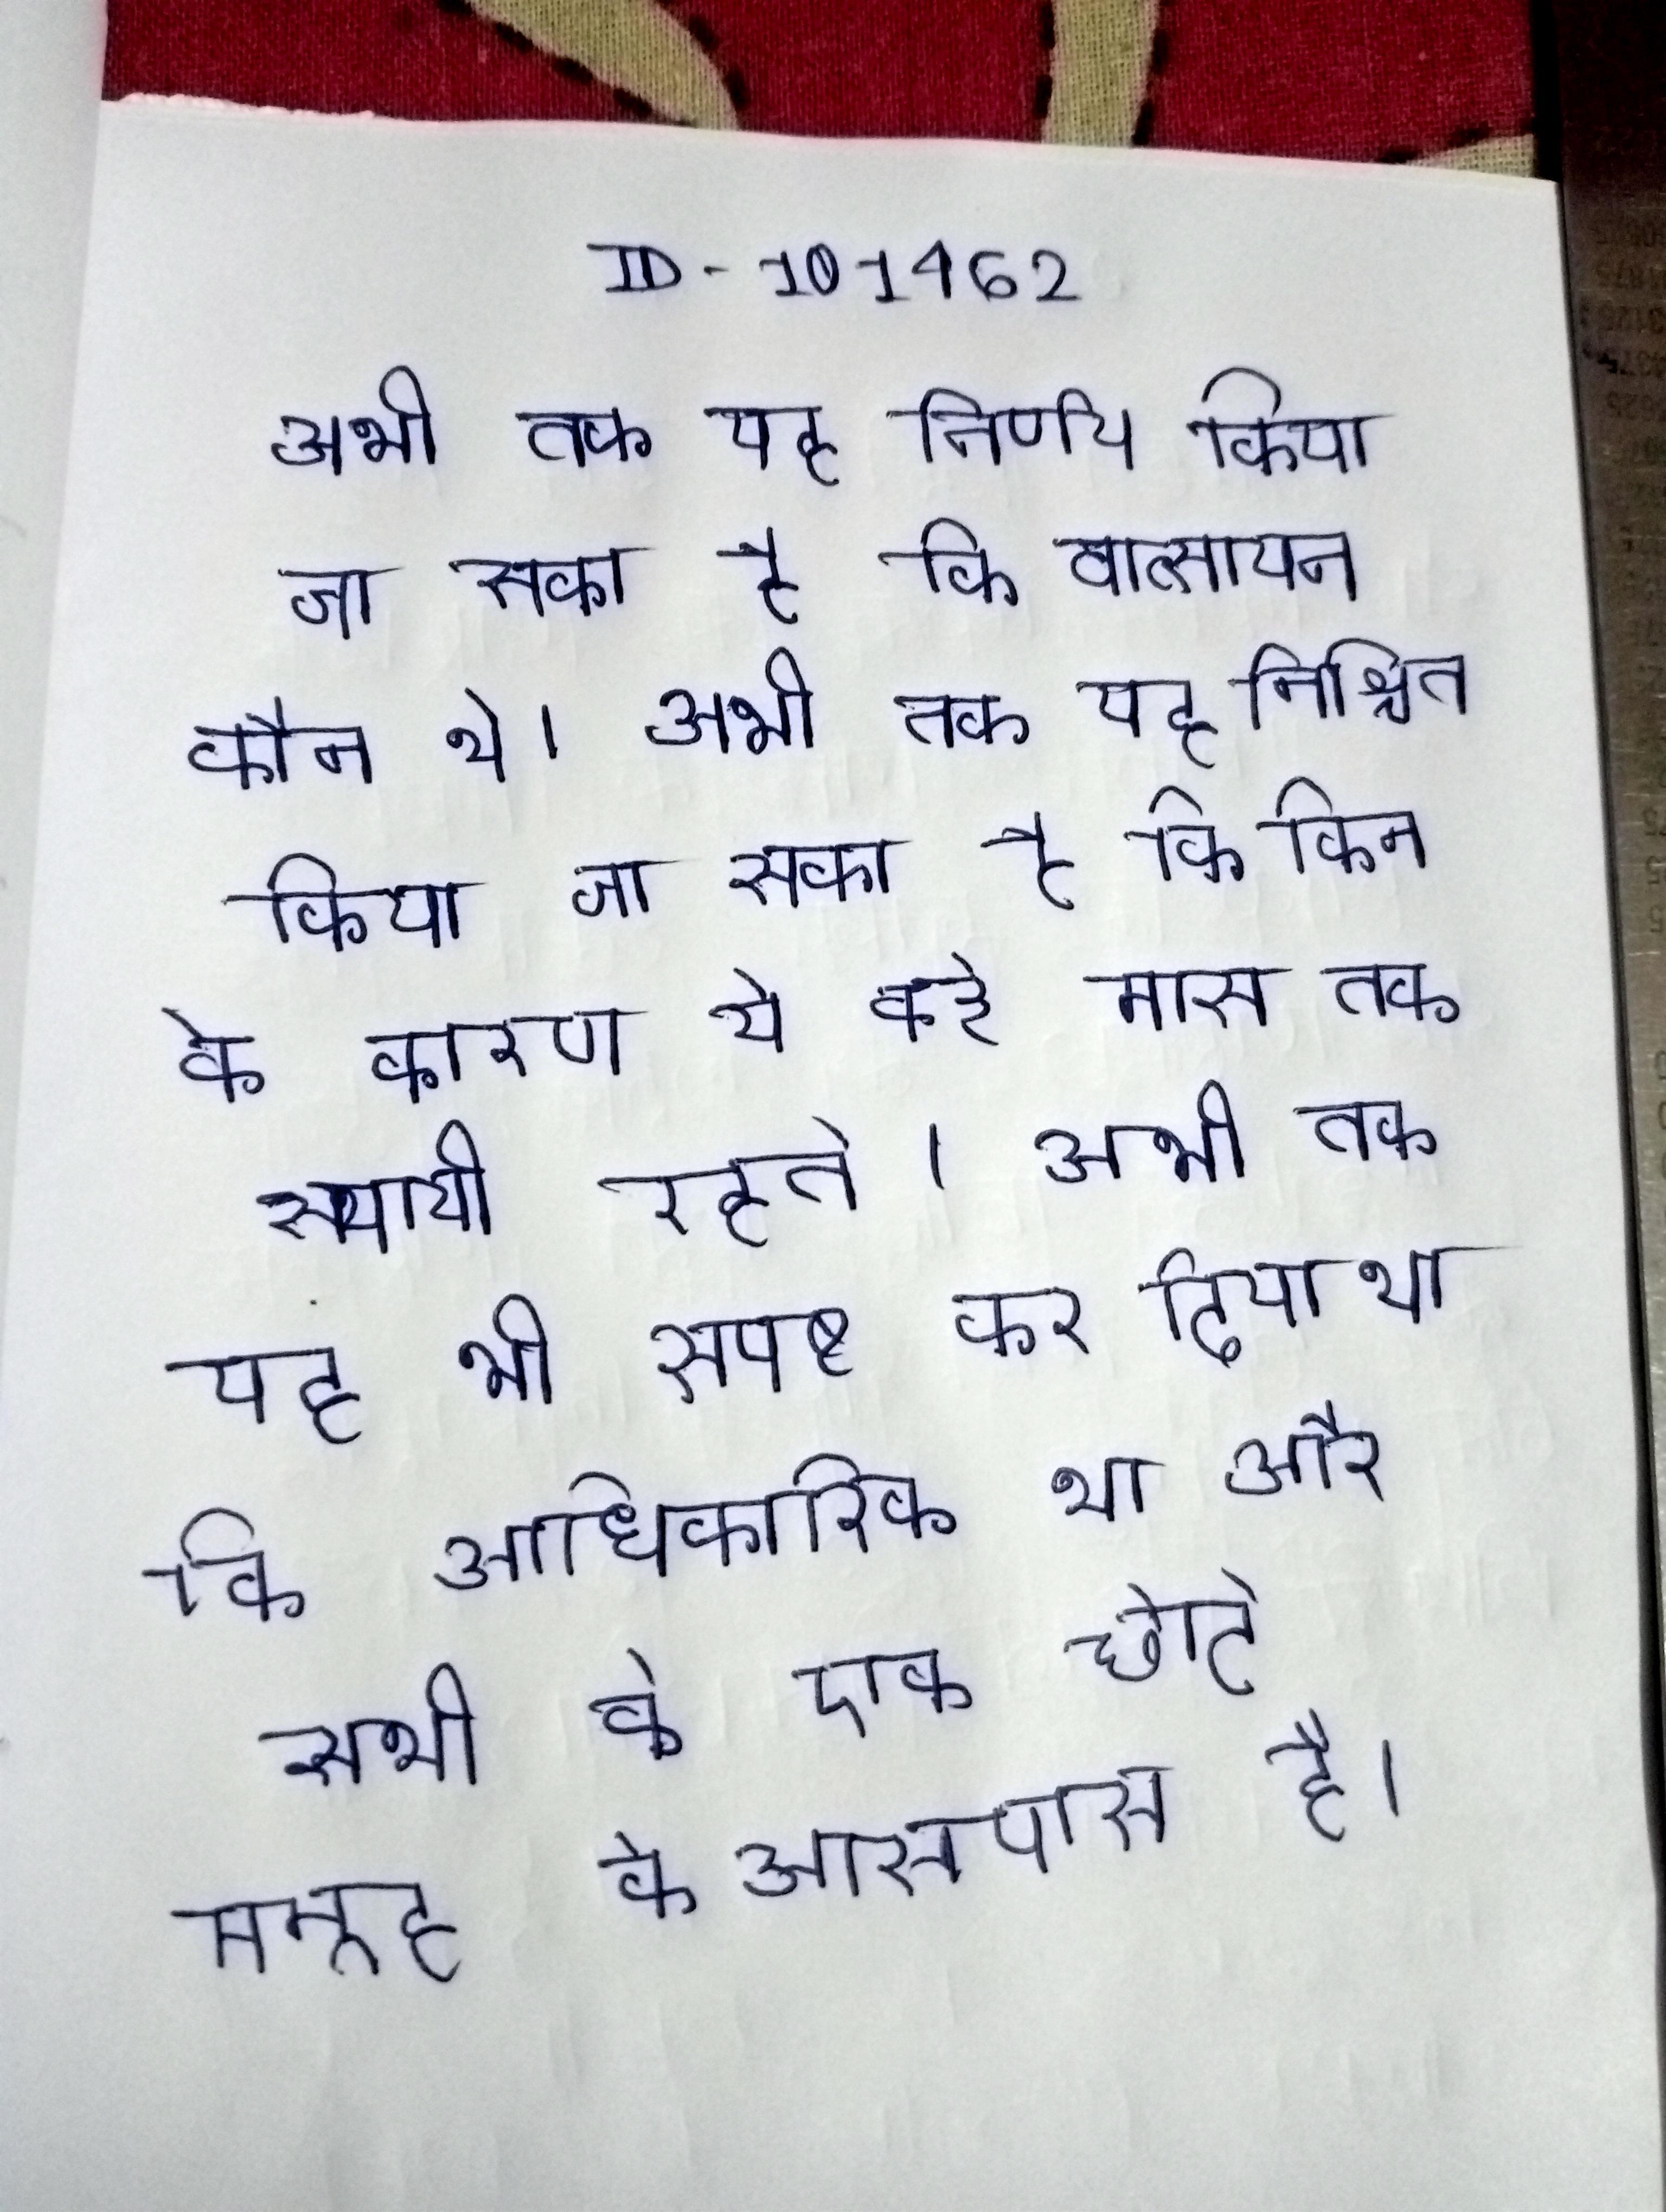
अभी तक यह निर्णय किया जा सका है कि वात्स्यायन कौन थे । अभी तक यह निश्चित किया जा सका है कि किन के कारण ये कई मास तक स्थायी रहते । अभी तक यह भी स्पष्ट कर दिया था कि आधिकारिक था और सभी के एक छोटे समूह के आसपास है ।